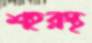
শহরস্থ